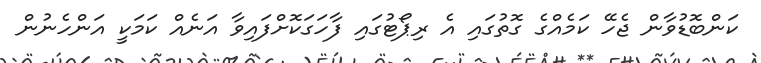
ކަންބޮޑުވާން ޖެހޭ ކަމެއްގެ ގޮތުގައި އެ ރިޕޯޓުގައި ފާހަގަކޮށްފައިވާ އަނެއް ކަމަކީ އަންހެނުން